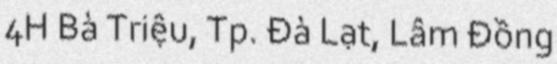
4H Bà Triệu, Tp. Đà Lạt, Lâm Đồng